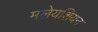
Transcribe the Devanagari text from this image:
मलेयशियन